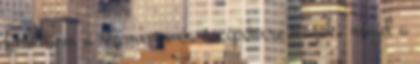
Lesütöm a szemem, és a cipőmre nézek, majd a